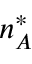
n _ { A } ^ { * }